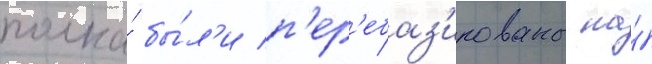
полка́ бы́л'и п'ер'ебаз'ированы на́